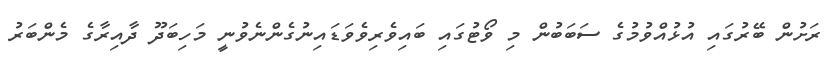
ރަށުން ބޭރުގައި އުޅުއްވުމުގެ ސަބަބުން މި ވޯޓުގައި ބައިވެރިވެވަޑައިނުގެންނެވުނީ މަހިބަދޫ ދާއިރާގެ މެންބަރު